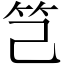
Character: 𥫟